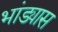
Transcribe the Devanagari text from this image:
भांड्यास